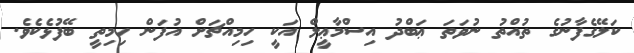
ކަލޭގެފާނުގެ ތުއްތު ނުވަތަ ޢަބްދު އިސްމާޢީލް އަކީ ހިމިއްޗަށް އުފަން ހިމިތީ ބޭފުޅެކެވެ.